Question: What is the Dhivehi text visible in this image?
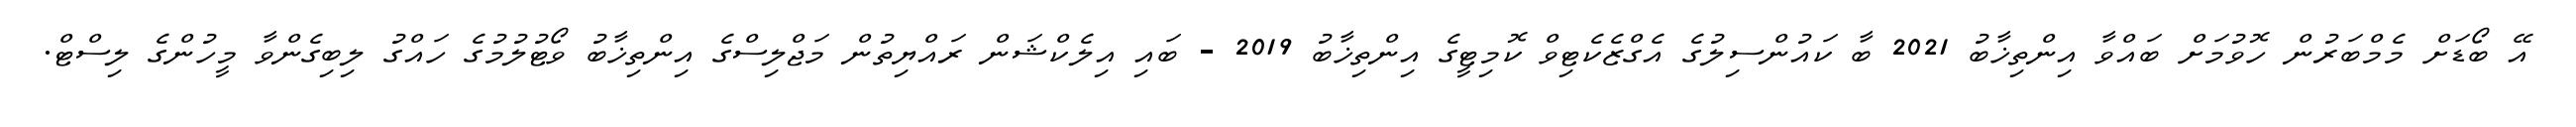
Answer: އޭ ބޯޑަށް މެމްބަރުން ހޮވުމަށް ބައްވާ އިންތިޚާބު 2021 ބާ ކައުންސިލުގެ އެގްޒެކެޓިވް ކޮމިޓީގެ އިންތިޚާބު 2019 - ބައި އިލެކްޝަން ރައްޔިތުން މަޖްލިސްގެ އިންތިޚާބު ވޯޓުލުމުގެ ހައްގު ލިބިގެންވާ މީހުންގެ ލިސްޓް.